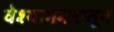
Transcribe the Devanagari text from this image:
वेश्यागमनातून